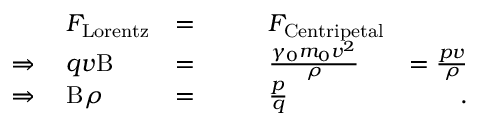
\begin{array} { r l r l r } & { F _ { \mathrm { L o r e n t z } } } & { = } & { \qquad F _ { \mathrm { C e n t r i p e t a l } } } & \\ { \Rightarrow \; } & { q v \mathrm { B } } & { = } & { \qquad \frac { \gamma _ { 0 } m _ { 0 } v ^ { 2 } } { \rho } } & { = \frac { p v } { \rho } } \\ { \Rightarrow \; } & { \mathrm { B } \rho } & { = } & { \qquad \frac { p } { q } } & { \; . } \end{array}